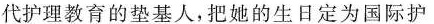
代护理教育的垫基人，把她的生日定为国际护